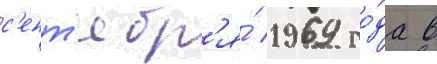
с'ент'ябр'я́ 1969 го́да в